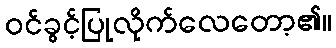
ဝင်ခွင့်ပြုလိုက်လေတော့၏။